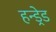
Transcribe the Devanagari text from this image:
हन्ड्रेड